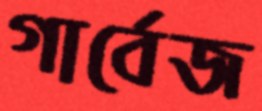
গার্বেজ